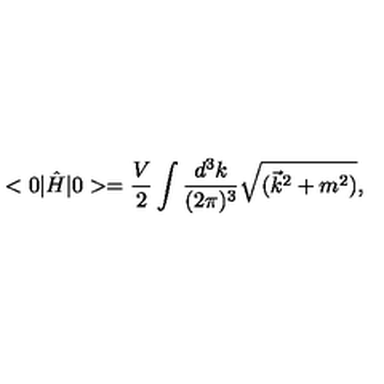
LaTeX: < 0 | \hat { H } | 0 > = \frac { V } { 2 } \int \frac { d ^ { 3 } k } { ( 2 \pi ) ^ { 3 } } \sqrt { ( \vec { k } ^ { 2 } + m ^ { 2 } ) } ,